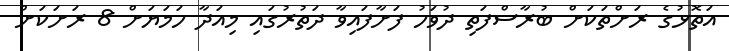
އަތޮޅުގެ ރަށްތަކަށް ބުރާސްފަތި ދުވަހު ފަށާފައިވާ ދަތުރުގައި މިއަދާ ހަމަޔަށް 8 ރަށަކަށް